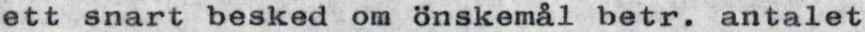
ett snart besked om Önskemål betr. antalet